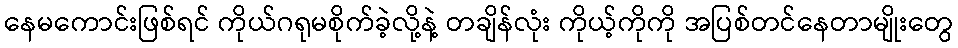
နေမကောင်းဖြစ်ရင် ကိုယ်ဂရုမစိုက်ခဲ့လို့နဲ့ တချိန်လုံး ကိုယ့်ကိုကို အပြစ်တင်နေတာမျိုးတွေ